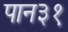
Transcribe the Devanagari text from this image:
पान३१